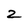
Character: z